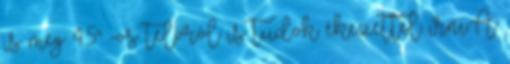
is meg 4.5" -os telóról is tudok ékezettel írni.A